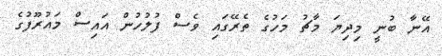
އޭނާ ބުނީ މިދިޔަ މާޗު މަހުގެ ތެރޭގައި ވެސް ފުލުހުން އައިސް މައުރޫފުގެ